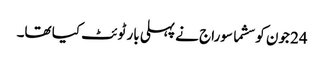
24 جون کو سشما سوراج نے پہلی بار ٹوئٹ کیا تھا۔